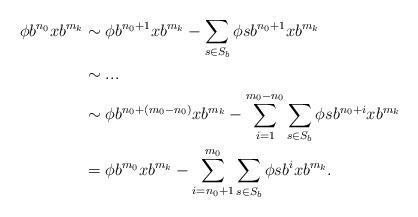
LaTeX: \begin{align*}\phi b^{n_0}xb^{m_k}&\sim \phi b^{n_0+1}xb^{m_k}-\sum_{s\in S_b}\phi sb^{n_0+1}xb^{m_k}\\&\sim ...\\&\sim \phi b^{n_0+(m_0-n_0)}xb^{m_k}-\sum_{i=1}^{m_0-n_0}\sum_{s\in S_b}\phi sb^{n_0+i}xb^{m_k}\\&=\phi b^{m_0}xb^{m_k}-\sum_{i=n_0+1}^{m_0}\sum_{s\in S_b}\phi sb^ixb^{m_k}.\end{align*}